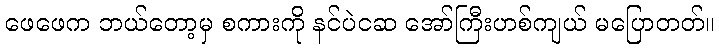
ဖေဖေက ဘယ်တော့မှ စကားကို နင်ပဲငဆ အော်ကြီးဟစ်ကျယ် မပြောတတ်။